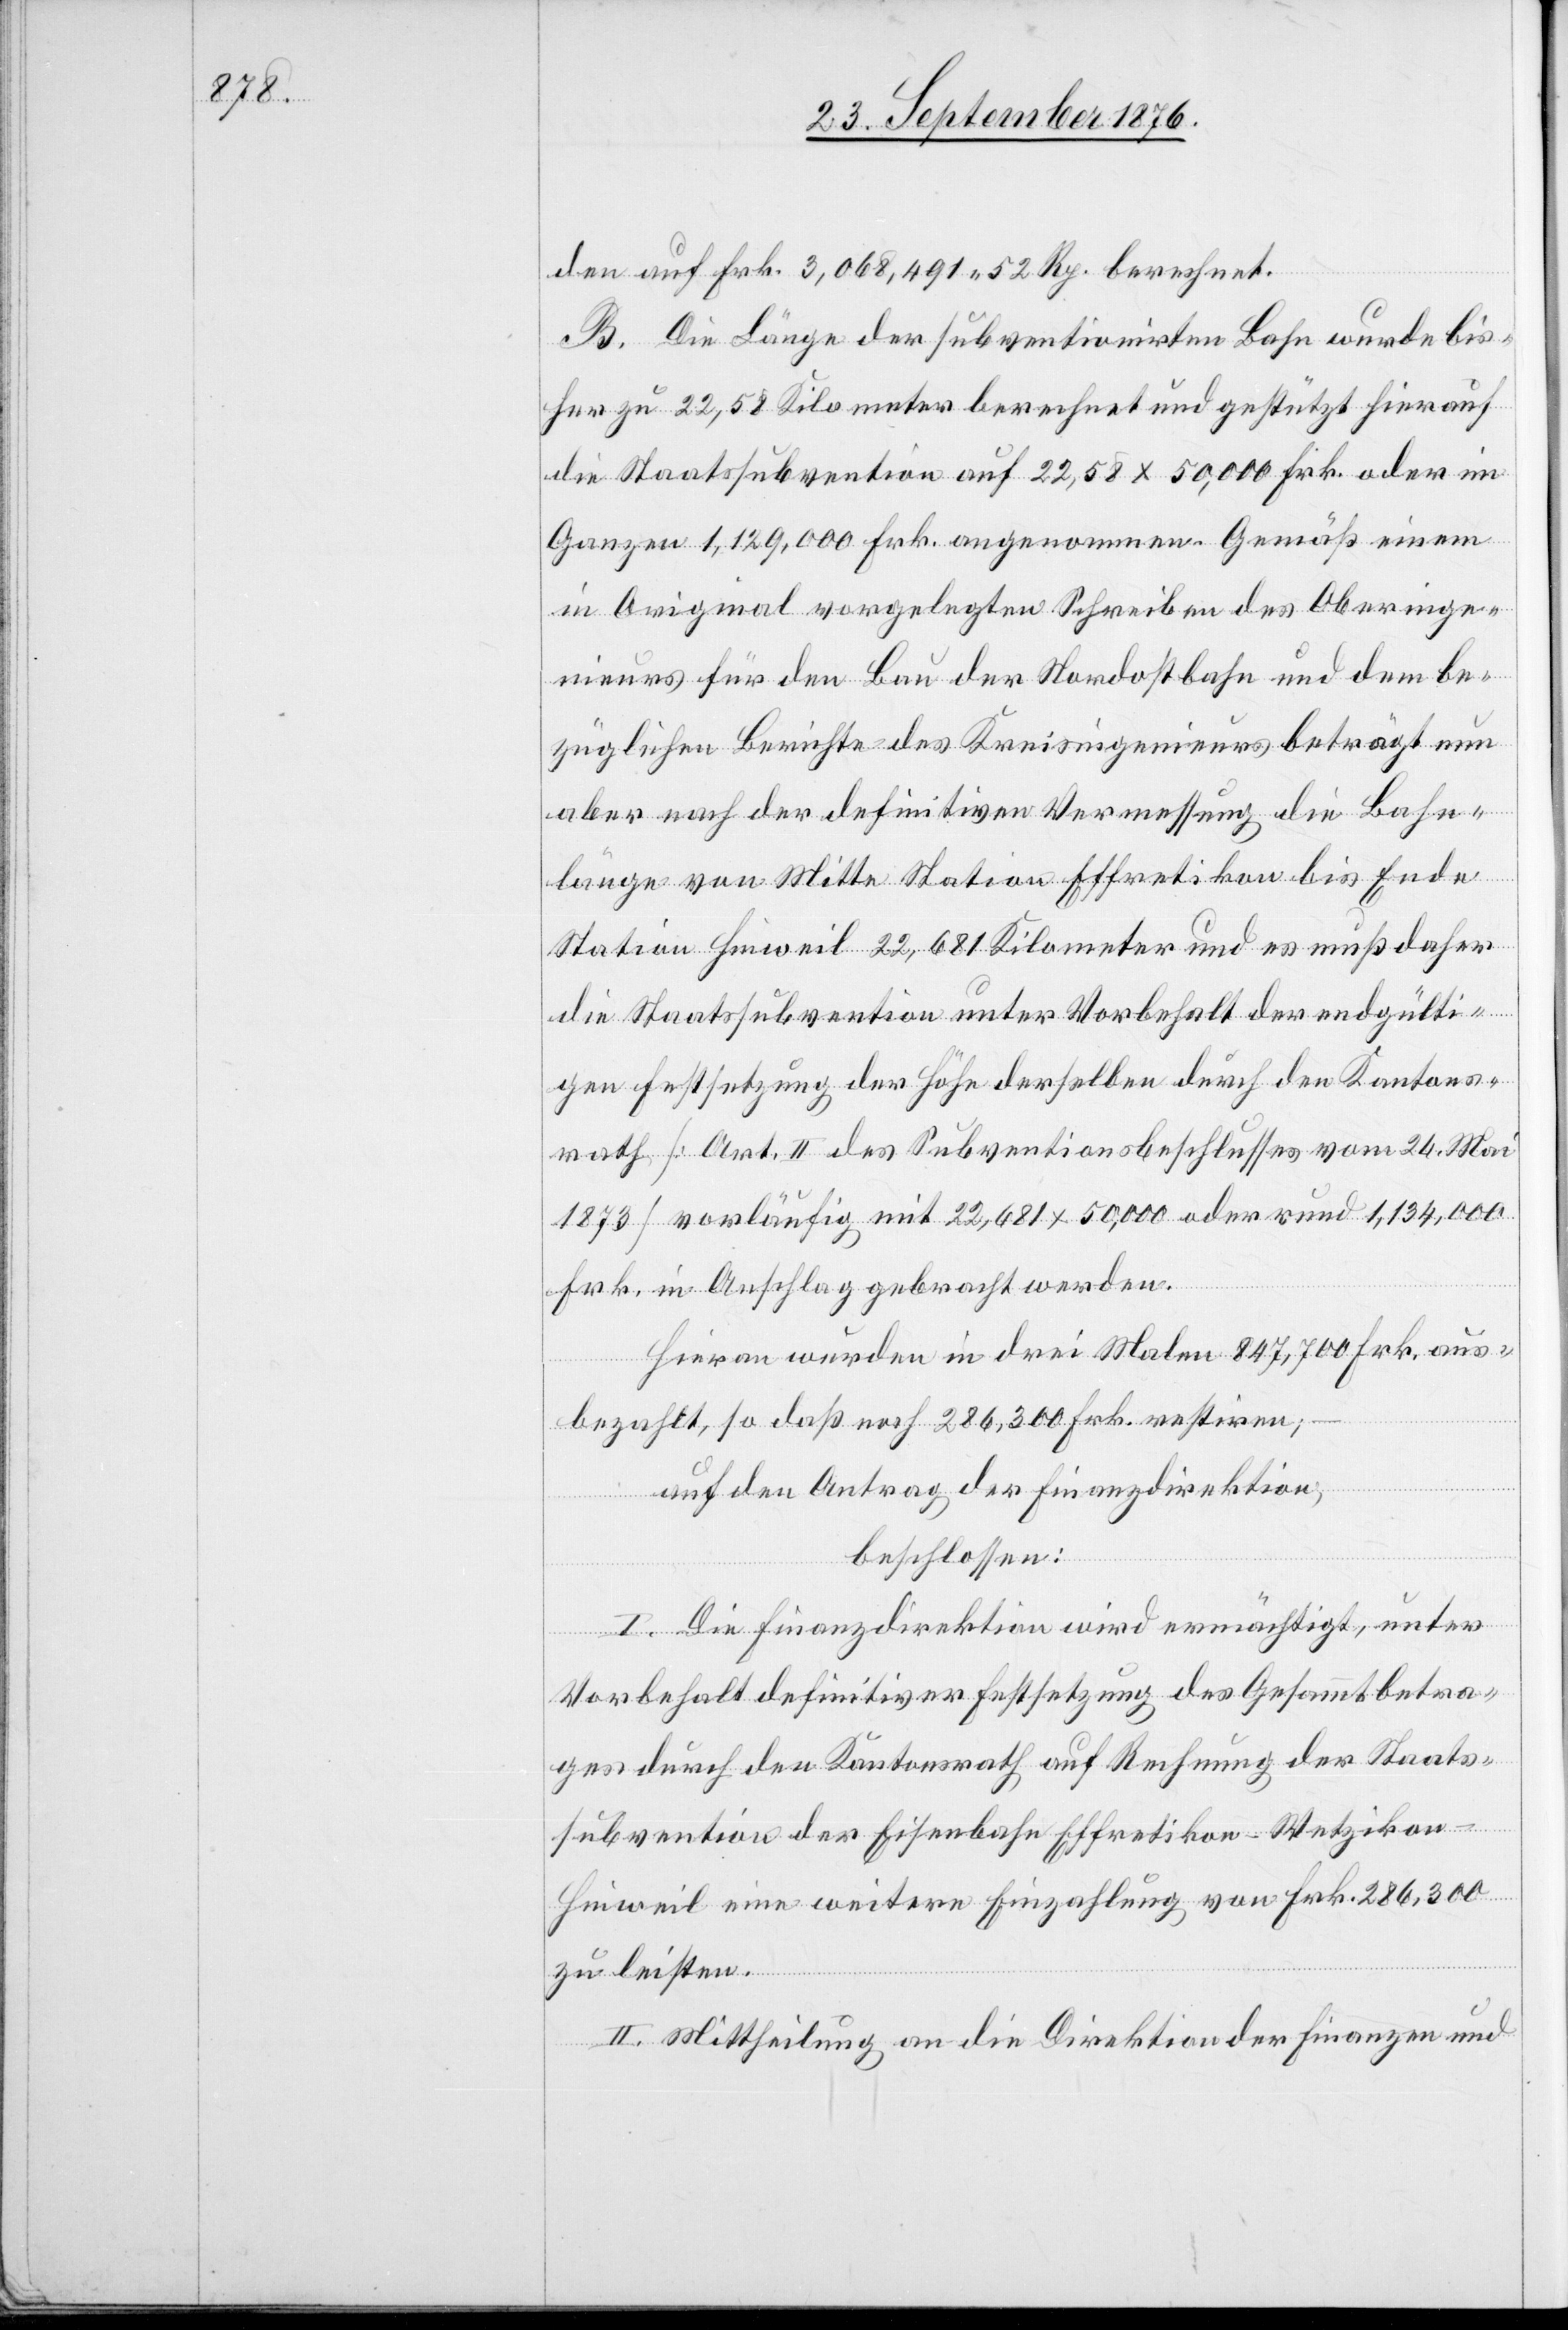
den auf Frk. 3,068,491 52 Rp. berechnet.
B. Die Länge der subventionirten Bahn wurde bis¬
her zu 22,58 Kilometer berechnet und gestützt hierauf
die Staatssubvention auf 22,58 x 50,000 Frk. oder im
Ganzen 1,129,000 Frk. angenommen. Gemäß einem
in Original vorgelegten Schreiben des Oberinge¬
nieurs für den Bau der Nordostbahn und dem be¬
züglichen Berichte des Kreisingenieurs beträgt nun
aber nach der definitiven Vermessung die Bahn¬
länge von Mitte Station Effretikon bis Ende
Station Hinweil 22,681 Kilometer und es muß daher
die Staatssubvention unter Vorbehalt der endgülti¬
gen Festsetzung der Höhe derselben durch den Kantons¬
rath [Art. II. des Subventionsbeschlusses vom 24. Mai
1873] vorläufig mit 22,681 x 50,000 oder rund 1,134,000
Frk. in Anschlag gebracht werden.
Hieran wurden in drei Malen 847,700 Frk. aus¬
bezahlt, so daß noch 286,300 Frk. restiren;
auf den Antrag der Finanzdirektion,
beschlossen:
I. Die Finanzdirektion wird ermächtigt, unter
Vorbehalt definitiver Festsetzung des Gesammtbetra¬
ges durch den Kantonsrath auf Rechnung der Staats¬
subvention der Eisenbahn Effretikon–Wetzikon–H¬
inweil eine weitere Einzahlung von Frk. 286,300
zu leisten.
II. Mittheilung an die Direktion der Finanzen und